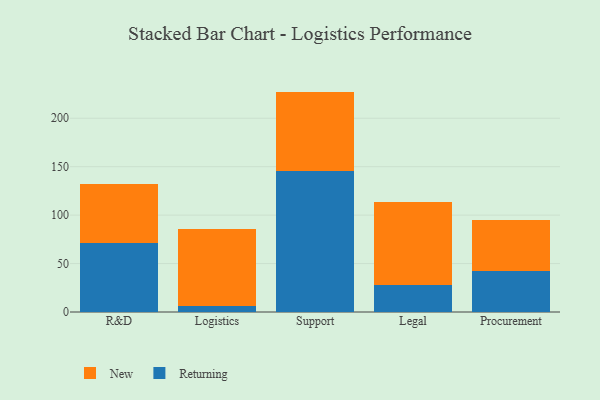
{"axis": {"x": "Department", "y": "Revenue (USD Million)"}, "legend": ["New", "Returning"], "data": [{"x": "R&D", "y": 71.3, "type": "Returning"}, {"x": "R&D", "y": 60.4, "type": "New"}, {"x": "Logistics", "y": 6.3, "type": "Returning"}, {"x": "Logistics", "y": 79.7, "type": "New"}, {"x": "Support", "y": 145.5, "type": "Returning"}, {"x": "Support", "y": 82.0, "type": "New"}, {"x": "Legal", "y": 28.3, "type": "Returning"}, {"x": "Legal", "y": 84.8, "type": "New"}, {"x": "Procurement", "y": 42.4, "type": "Returning"}, {"x": "Procurement", "y": 52.2, "type": "New"}]}